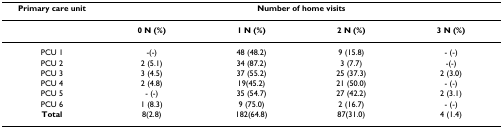
<table><thead><tr><td><b>Primary care unit</b></td><td colspan="4"><b>Number of home visits</b></td></tr></thead><tbody><tr><td></td><td><b>0 N (%)</b></td><td><b>1 N (%)</b></td><td><b>2 N (%)</b></td><td><b>3 N (%)</b></td></tr><tr><td>PCU 1</td><td>-(-)</td><td>48 (48.2)</td><td>9 (15.8)</td><td>- (-)</td></tr><tr><td>PCU 2</td><td>2 (5.1)</td><td>34 (87.2)</td><td>3 (7.7)</td><td>-(-)</td></tr><tr><td>PCU 3</td><td>3 (4.5)</td><td>37 (55.2)</td><td>25 (37.3)</td><td>2 (3.0)</td></tr><tr><td>PCU 4</td><td>2 (4.8)</td><td>19(45.2)</td><td>21 (50.0)</td><td>- (-)</td></tr><tr><td>PCU 5</td><td>- (-)</td><td>35 (54.7)</td><td>27 (42.2)</td><td>2 (3.1)</td></tr><tr><td>PCU 6</td><td>1 (8.3)</td><td>9 (75.0)</td><td>2 (16.7)</td><td>- (-)</td></tr><tr><td><b>Total</b></td><td>8(2.8)</td><td>182(64.8)</td><td>87(31.0)</td><td>4 (1.4)</td></tr></tbody></table>